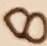
Text: 8